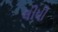
લીધો